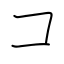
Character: コ